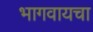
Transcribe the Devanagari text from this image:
भागवायचा